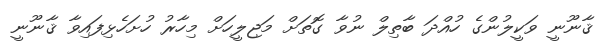
ޤާނޫނީ ވަކީލުންގެ ހުއްދަ ބާތިލް ނުވާ ގޮތަށް މަޖިލީހަށް މިހާރު ހުށަހެޅިފައިވާ ޤާނޫނީ